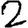
Digit: 2